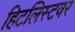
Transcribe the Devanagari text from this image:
हिटलिस्टवर